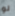
لو